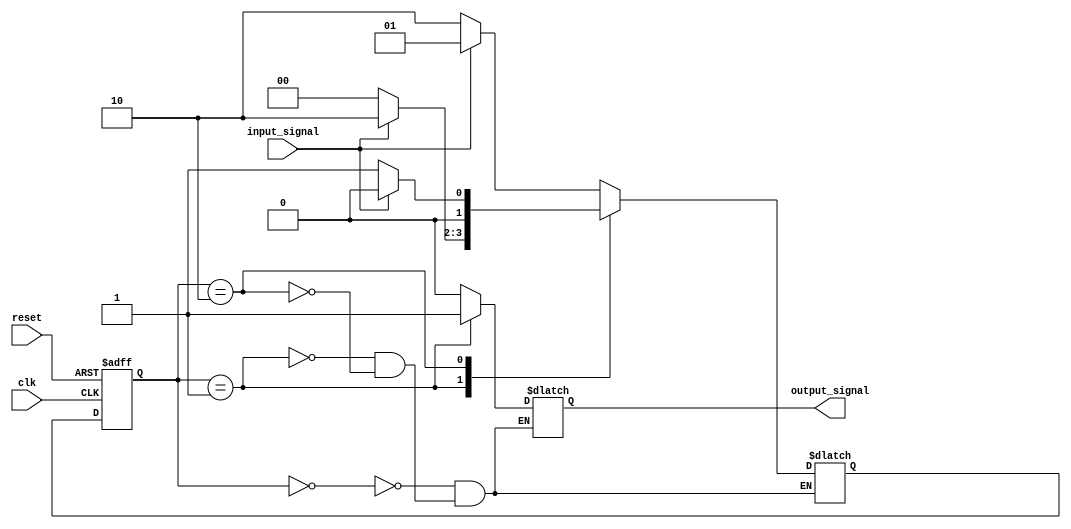
module moore_state_machine (
    input clk,
    input reset,
    input input_signal,
    output reg output_signal
);

// Define the states
parameter STATE_A = 2'b00;
parameter STATE_B = 2'b01;
parameter STATE_C = 2'b10;

// Define the state register
reg [1:0] state_reg, next_state_reg;

always @(posedge clk or posedge reset)
begin
    if (reset)
        state_reg <= STATE_A;
    else
        state_reg <= next_state_reg;
end

// Define the output signal based on the current state
always @*
begin
    case (state_reg)
        STATE_A: output_signal = 1'b0;
        STATE_B: output_signal = 1'b1;
        STATE_C: output_signal = 1'b0;
    endcase
end

// Define the state transitions based on the current state and input signal
always @*
begin
    case (state_reg)
        STATE_A: next_state_reg = (input_signal) ? STATE_B : STATE_C;
        STATE_B: next_state_reg = (input_signal) ? STATE_C : STATE_A;
        STATE_C: next_state_reg = (input_signal) ? STATE_A : STATE_B;
    endcase
end

endmodule